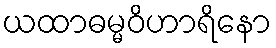
ယထာဓမ္မဝိဟာရိနော